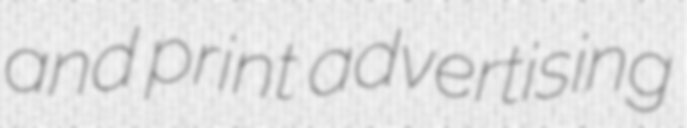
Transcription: and print advertising